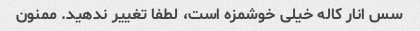
سس انار کاله خیلی خوشمزه است، لطفا تغییر ندهید. ممنون